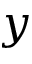
y